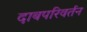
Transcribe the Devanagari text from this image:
दाबपरिवर्तन